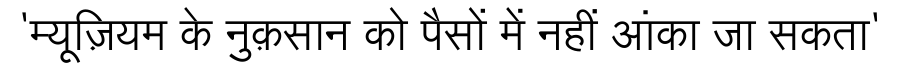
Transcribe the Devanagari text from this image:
'म्यूज़ियम के नुक़सान को पैसों में नहीं आंका जा सकता'